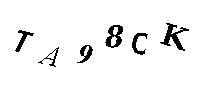
TA98CK